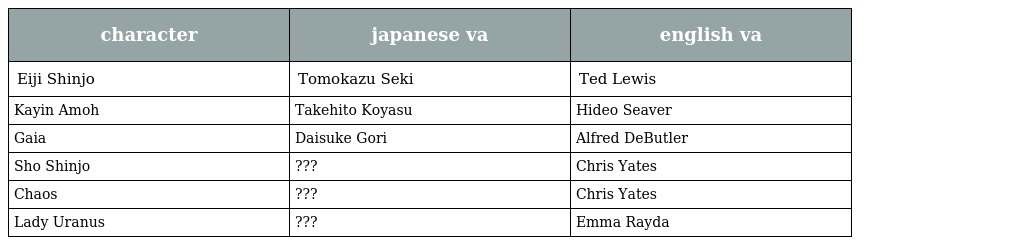
| character | japanese va | english va |
 | --- | --- | --- |
 | Eiji Shinjo | Tomokazu Seki | Ted Lewis |
 | Kayin Amoh | Takehito Koyasu | Hideo Seaver |
 | Gaia | Daisuke Gori | Alfred DeButler |
 | Sho Shinjo | ??? | Chris Yates |
 | Chaos | ??? | Chris Yates |
 | Lady Uranus | ??? | Emma Rayda |